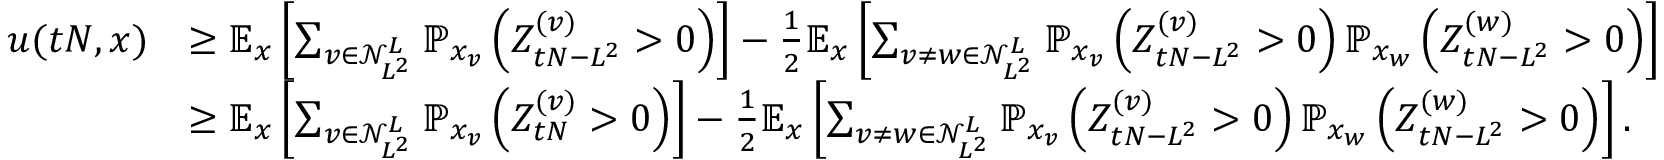
\begin{array} { r l } { u ( t N , x ) } & { \geq \mathbb { E } _ { x } \left[ \sum _ { v \in \mathcal { N } _ { L ^ { 2 } } ^ { L } } \mathbb { P } _ { x _ { v } } \left( Z _ { t N - L ^ { 2 } } ^ { ( v ) } > 0 \right) \right] - \frac { 1 } { 2 } \mathbb { E } _ { x } \left[ \sum _ { v \neq w \in \mathcal { N } _ { L ^ { 2 } } ^ { L } } \mathbb { P } _ { x _ { v } } \left( Z _ { t N - L ^ { 2 } } ^ { ( v ) } > 0 \right) \mathbb { P } _ { x _ { w } } \left( Z _ { t N - L ^ { 2 } } ^ { ( w ) } > 0 \right) \right] } \\ & { \geq \mathbb { E } _ { x } \left[ \sum _ { v \in \mathcal { N } _ { L ^ { 2 } } ^ { L } } \mathbb { P } _ { x _ { v } } \left( Z _ { t N } ^ { ( v ) } > 0 \right) \right] - \frac { 1 } { 2 } \mathbb { E } _ { x } \left[ \sum _ { v \neq w \in \mathcal { N } _ { L ^ { 2 } } ^ { L } } \mathbb { P } _ { x _ { v } } \left( Z _ { t N - L ^ { 2 } } ^ { ( v ) } > 0 \right) \mathbb { P } _ { x _ { w } } \left( Z _ { t N - L ^ { 2 } } ^ { ( w ) } > 0 \right) \right] . } \end{array}